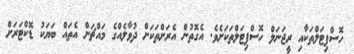
ހޮސްޕިޓަލްތަކާއި ރީޖަނަލް ހޮސްޕިޓަލްތަކަށެެވެ. އެގޮތުން އެރަށްތަކަށް ދުވާލެއްގެ މައްޗަށް އެތައް ބަޔަކު ޑޮކްޓަރަށް